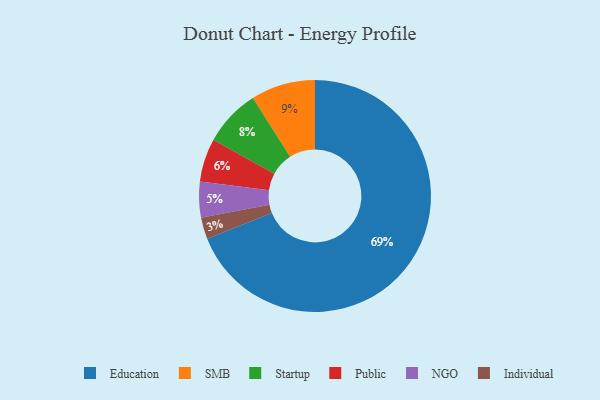
{"axis": {"x": "Category", "y": "Percentage"}, "legend": ["Education", "Individual", "NGO", "Public", "SMB", "Startup"], "data": [{"x": "Public", "y": 6, "type": "Public"}, {"x": "Startup", "y": 8, "type": "Startup"}, {"x": "Individual", "y": 3, "type": "Individual"}, {"x": "Education", "y": 69, "type": "Education"}, {"x": "SMB", "y": 9, "type": "SMB"}, {"x": "NGO", "y": 5, "type": "NGO"}]}